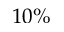
1 0 \%